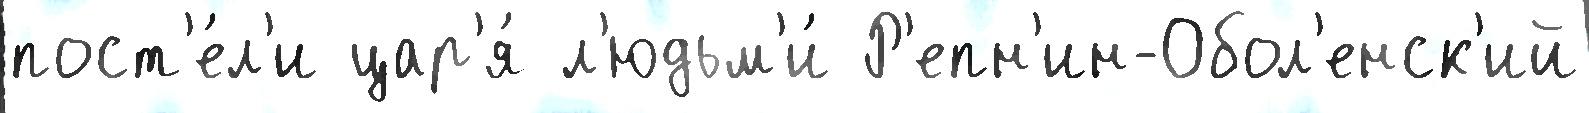
пост'е́л'и цар'я́ л'юдьм'и́ Р'епн'ин-Обол'енск'ий